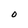
Character: O